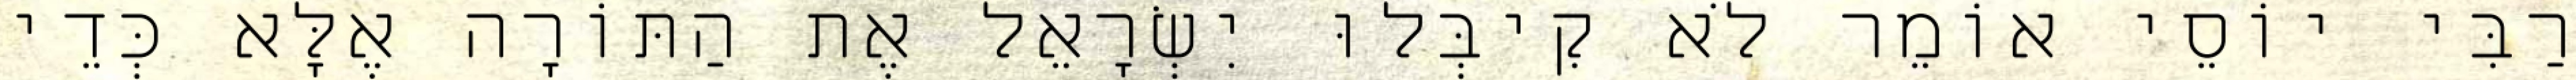
רַבִּי יוֹסֵי אוֹמֵר לֹא קִיבְּלוּ יִשְׂרָאֵל אֶת הַתּוֹרָה אֶלָּא כְּדֵי